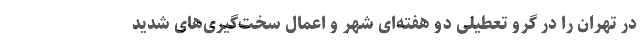
در تهران را در گرو تعطیلی دو هفته‌ای شهر و اعمال سخت‌گیری‌های شدید